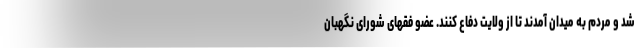
شد و مردم به میدان آمدند تا از ولایت دفاع کنند. عضو فقهای شورای نگهبان